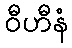
ဝီဟီနံ